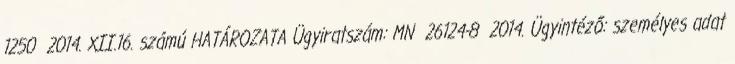
1250 2014. XII.16. számú HATÁROZATA Ügyiratszám: MN 26124-8 2014. Ügyintéző: személyes adat